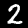
Label: 2